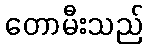
တောမီးသည်